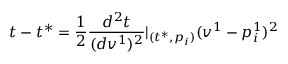
t - t ^ { * } = \frac 1 2 \frac { d ^ { 2 } t } { ( d v ^ { 1 } ) ^ { 2 } } | _ { ( t ^ { * } , p _ { i } ) } ( v ^ { 1 } - p _ { i } ^ { 1 } ) ^ { 2 }